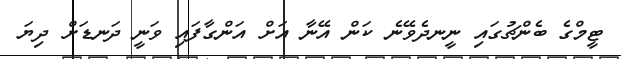
ޓީމްގެ ބެންޗުގައި ނީނދެވޭނެ ކަން އޭނާ އަށް އަންގާފައި ވަނީ ދަނޑަށް ދިޔަ